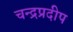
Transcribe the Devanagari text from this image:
चन्द्रप्रदीप